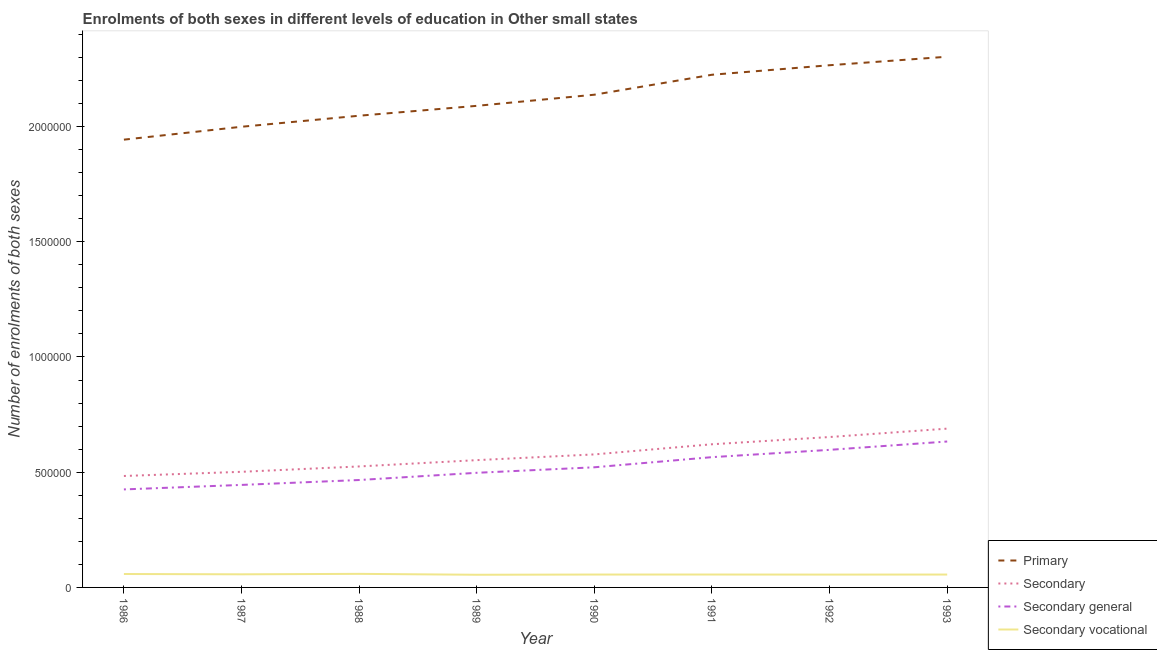
| Year | Primary | Secondary | Secondary general | Secondary vocational |
 | --- | --- | --- | --- | --- |
 | 1986 | 1.94e+06 | 4.84e+05 | 4.25e+05 | 5.83e+04 |
 | 1987 | 2e+06 | 5.02e+05 | 4.45e+05 | 5.69e+04 |
 | 1988 | 2.05e+06 | 5.25e+05 | 4.66e+05 | 5.89e+04 |
 | 1989 | 2.09e+06 | 5.52e+05 | 4.97e+05 | 5.49e+04 |
 | 1990 | 2.14e+06 | 5.77e+05 | 5.21e+05 | 5.59e+04 |
 | 1991 | 2.22e+06 | 6.21e+05 | 5.65e+05 | 5.59e+04 |
 | 1992 | 2.27e+06 | 6.53e+05 | 5.97e+05 | 5.57e+04 |
 | 1993 | 2.3e+06 | 6.89e+05 | 6.33e+05 | 5.59e+04 |